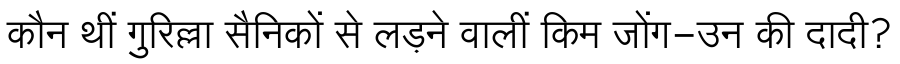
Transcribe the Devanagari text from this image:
कौन थीं गुरिल्ला सैनिकों से लड़ने वालीं किम जोंग-उन की दादी?